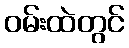
ဝမ်းထဲတွင်